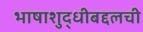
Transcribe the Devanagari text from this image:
भाषाशुद्धीबद्दलची